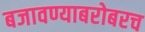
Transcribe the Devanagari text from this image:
बजावण्याबरोबरच